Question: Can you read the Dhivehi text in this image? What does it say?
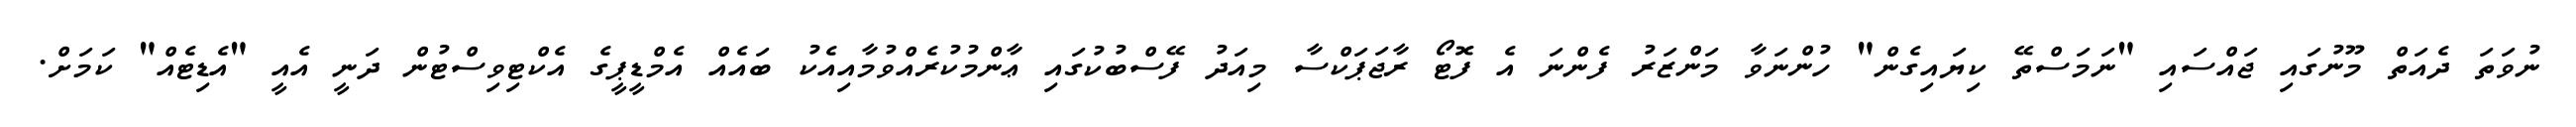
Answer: ނުވަތަ ދެއަތް މޫނުގައި ޖައްސައި "ނަމަސްތޭ ކިޔައިގެން" ހުންނަވާ މަންޒަރު ފެންނަ އެ ފޮޓޯ ރާޖަޕަކްސާ މިއަދު ފޭސްބުކުގައި ޢާންމުކުރެއްވުމާއިއެކު ބައެއް އެމްޑީޕީގެ އެކްޓިވިސްޓުން ދަނީ އެއީ "އެޑިޓެއް" ކަމަށް.